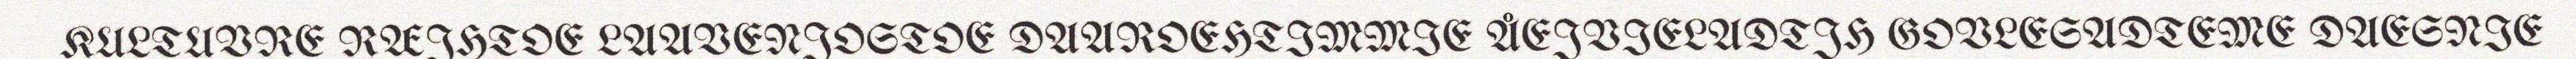
KULTUVRE RÆJHTOE LAAVENJOSTOE DAAROEHTIMMIE ÅEJVIELADTJH GOVLESADTEME DAESNIE